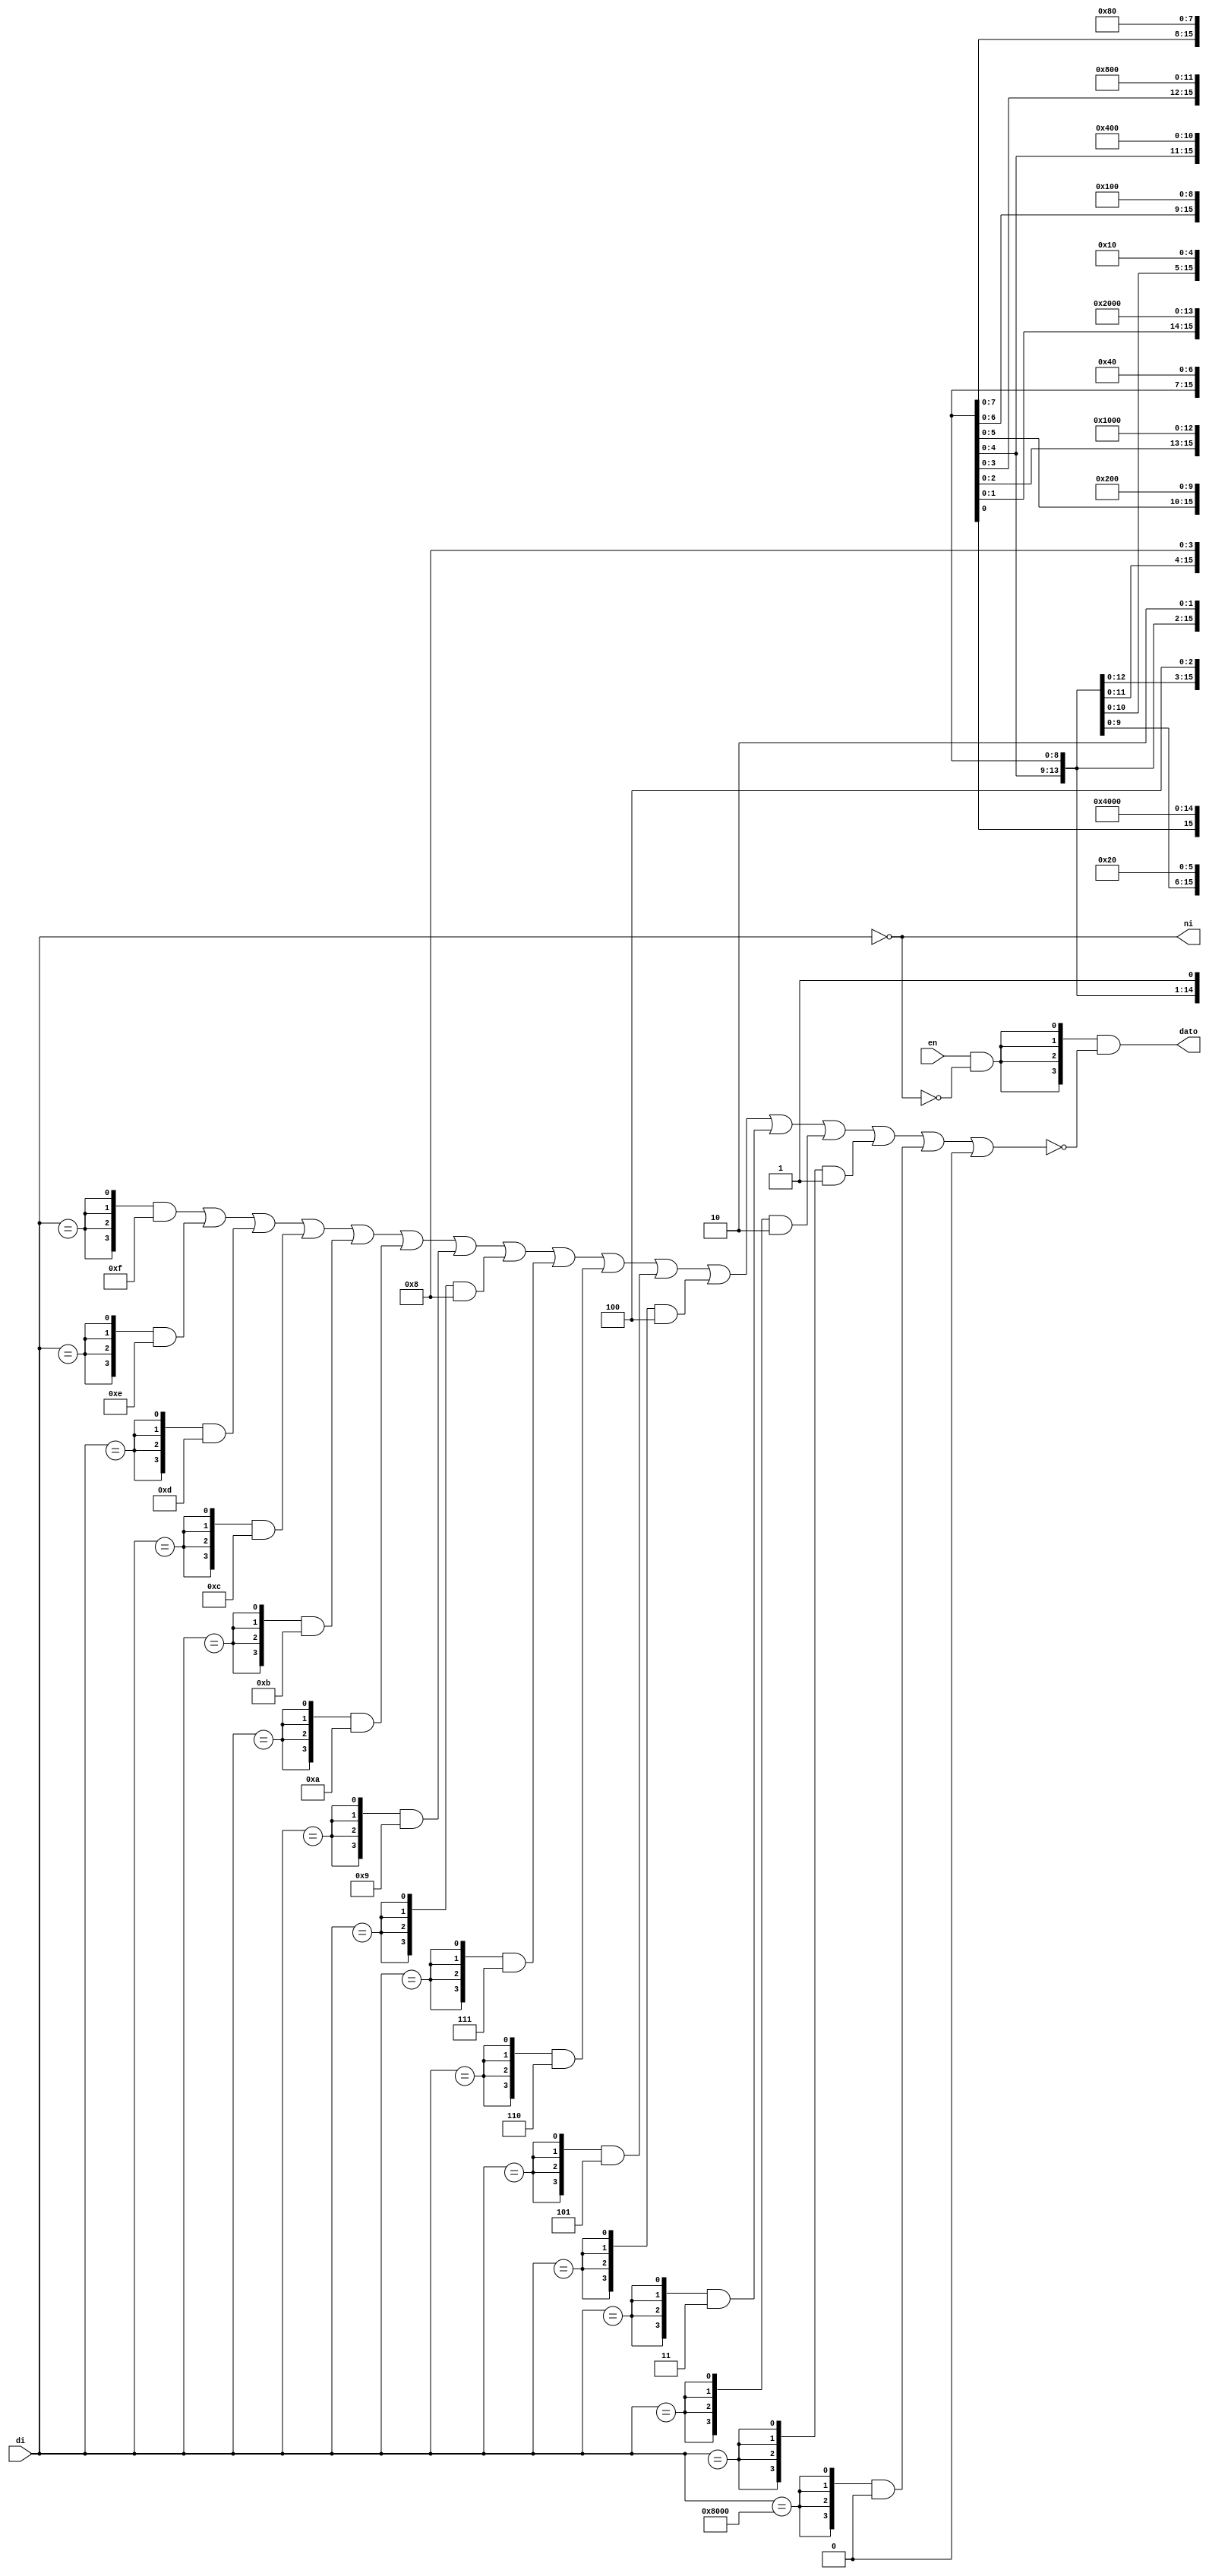
module pcod16s4(input [15:0]di,input en,output [3:0]dato,output ni);
assign ni=(di==0);//no interrupt
assign dato=({4{en&(!ni)}})&(~(
{4{di==16'bXXXXXXXXXXXXXXX1}}&4'hF|
{4{di==16'bXXXXXXXXXXXXXX10}}&4'hE|
{4{di==16'bXXXXXXXXXXXXX100}}&4'hD|
{4{di==16'bXXXXXXXXXXXX1000}}&4'hC|
{4{di==16'bXXXXXXXXXXX10000}}&4'hB|
{4{di==16'bXXXXXXXXXX100000}}&4'hA|
{4{di==16'bXXXXXXXXX1000000}}&4'h9|
{4{di==16'bXXXXXXXX10000000}}&4'h8|
{4{di==16'bXXXXXXX100000000}}&4'h7|
{4{di==16'bXXXXXX1000000000}}&4'h6|
{4{di==16'bXXXXX10000000000}}&4'h5|
{4{di==16'bXXXX100000000000}}&4'h4|
{4{di==16'bXXX1000000000000}}&4'h3|
{4{di==16'bXX10000000000000}}&4'h2|
{4{di==16'bX100000000000000}}&4'h1|
{4{di==16'b1000000000000000}}&4'h0|4'h0
));



endmodule